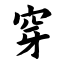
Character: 穿